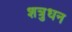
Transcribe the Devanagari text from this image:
शत्रुधन